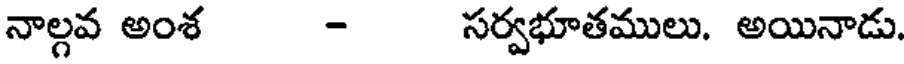
నాల్గవ అంశ - సర్వభూతములు. అయినాడు.